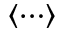
\langle \cdots \rangle